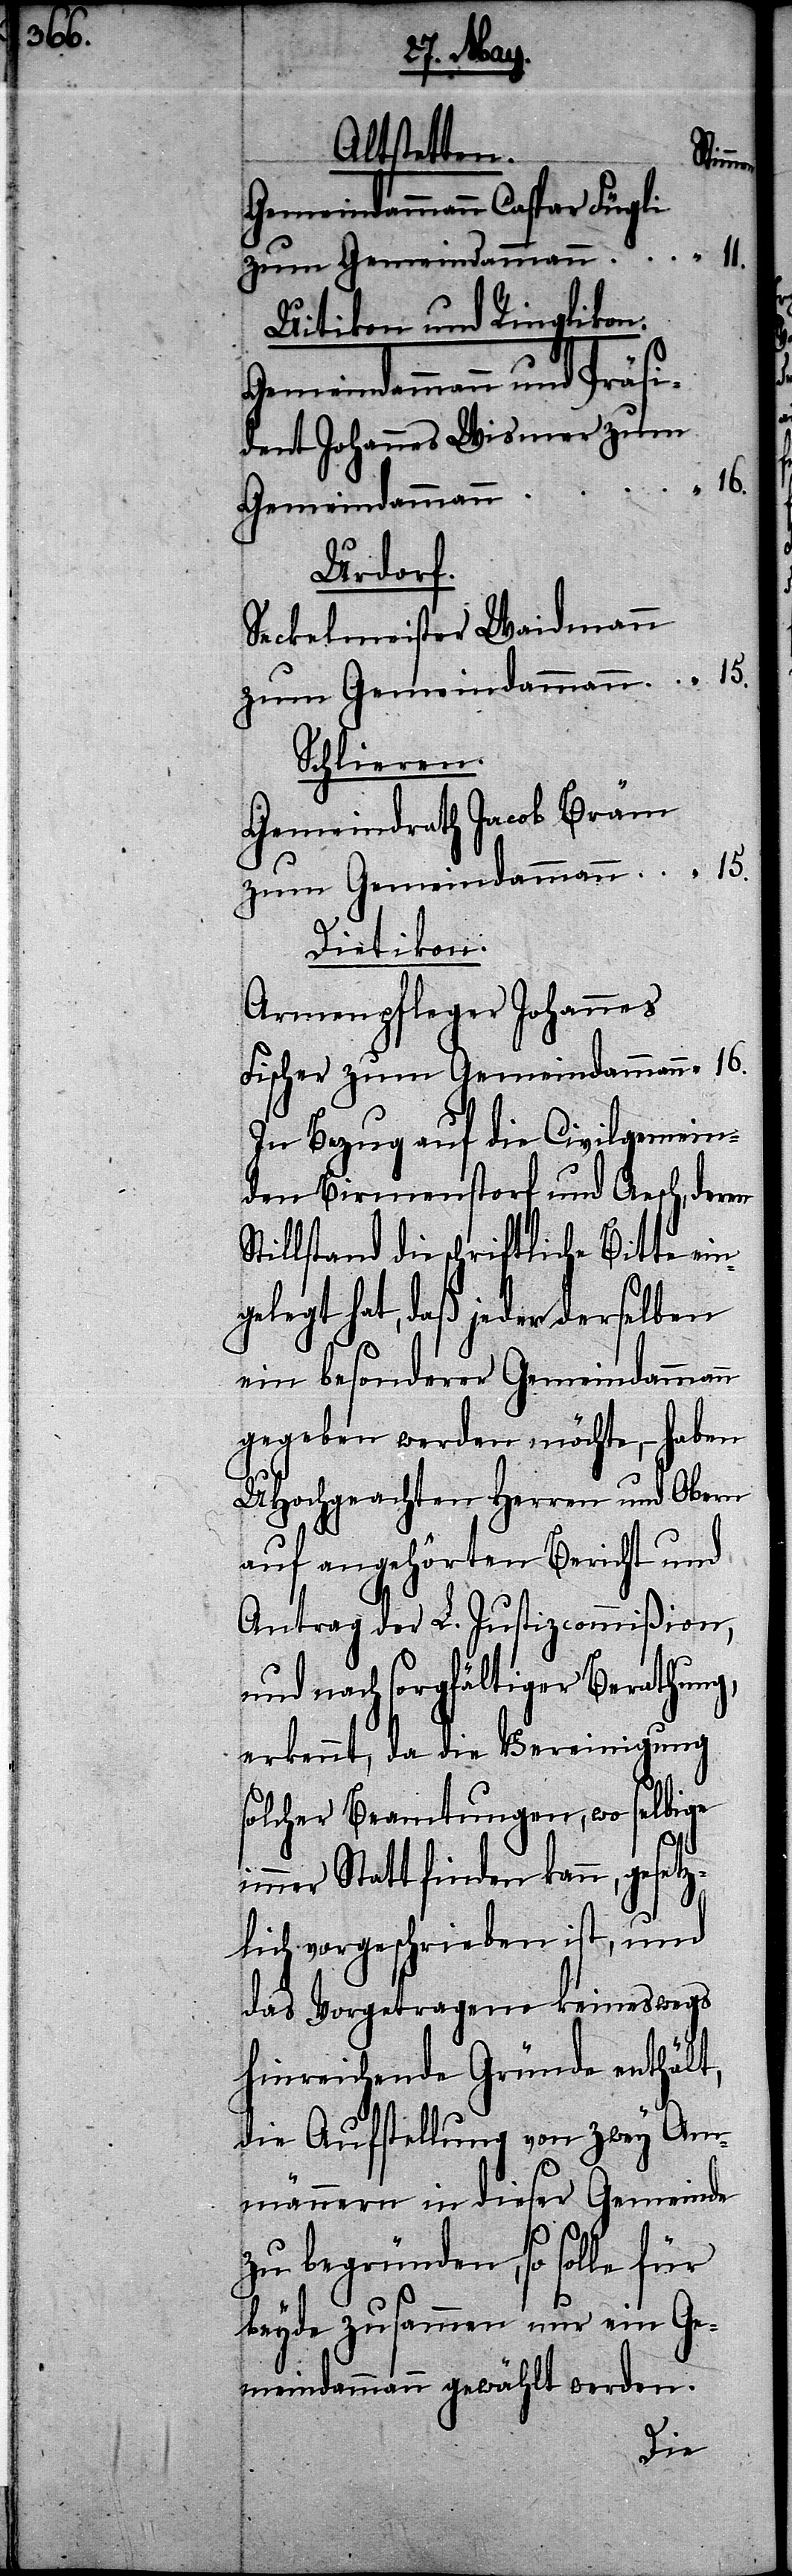
Altstetten.
imm¬
Gemeindammann Caspar Fügli
zum Gemeindammann
Uitikon und Ringlikon.
Gemeindammann und Präsi¬
dent Johannes Wismar zum
Gemeindammann
Urdorf.
Seckelmeister Waidmann
Schlieren.
Gemeindrath Jacob Bräm
Dietikon.
Armenpfleger Johannes
Fischer zum Gemeindammann
In Bezug auf die Civilgemein¬
de Birmenstorf und Aesch, deren
Stillstand die schriftliche Bitte
gelegt hat, daß jeder derselben
ein besonderer Gemeindammann
gegeben werden möchte, – haben
UHochgeachten Herren und Obern
auf angehörten Bericht und
Antrag der L. Justizcommißion,
und nach sorgfältiger Berathung,
erkennt, da die Vereinigung
solcher Beamtungen, wo selbige
er Statt finden kann, gese¬
tzlich vorgeschrieben ist, und
das Vorgetragene keineswegs
hinreichende Gründe enthält,
die Aufstellung von zwey Am¬
ännern in dieser Gemeinde
zu begründen, so solle für
beyde zusammen nur ein Ge¬
meindammann gewählt werden.